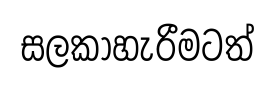
සලකාහැරීමටත්